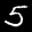
Label: 5